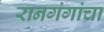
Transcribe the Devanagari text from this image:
रानगंगांचा